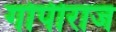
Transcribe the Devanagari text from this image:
गोपीराज